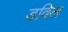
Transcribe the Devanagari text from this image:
डविल